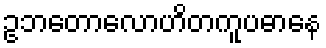
ဥဘတောလောဟိတကူပဓာနေ